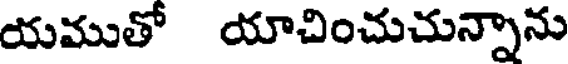
యముతో యాచించుచున్నాను